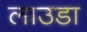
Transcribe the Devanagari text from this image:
लाउडा